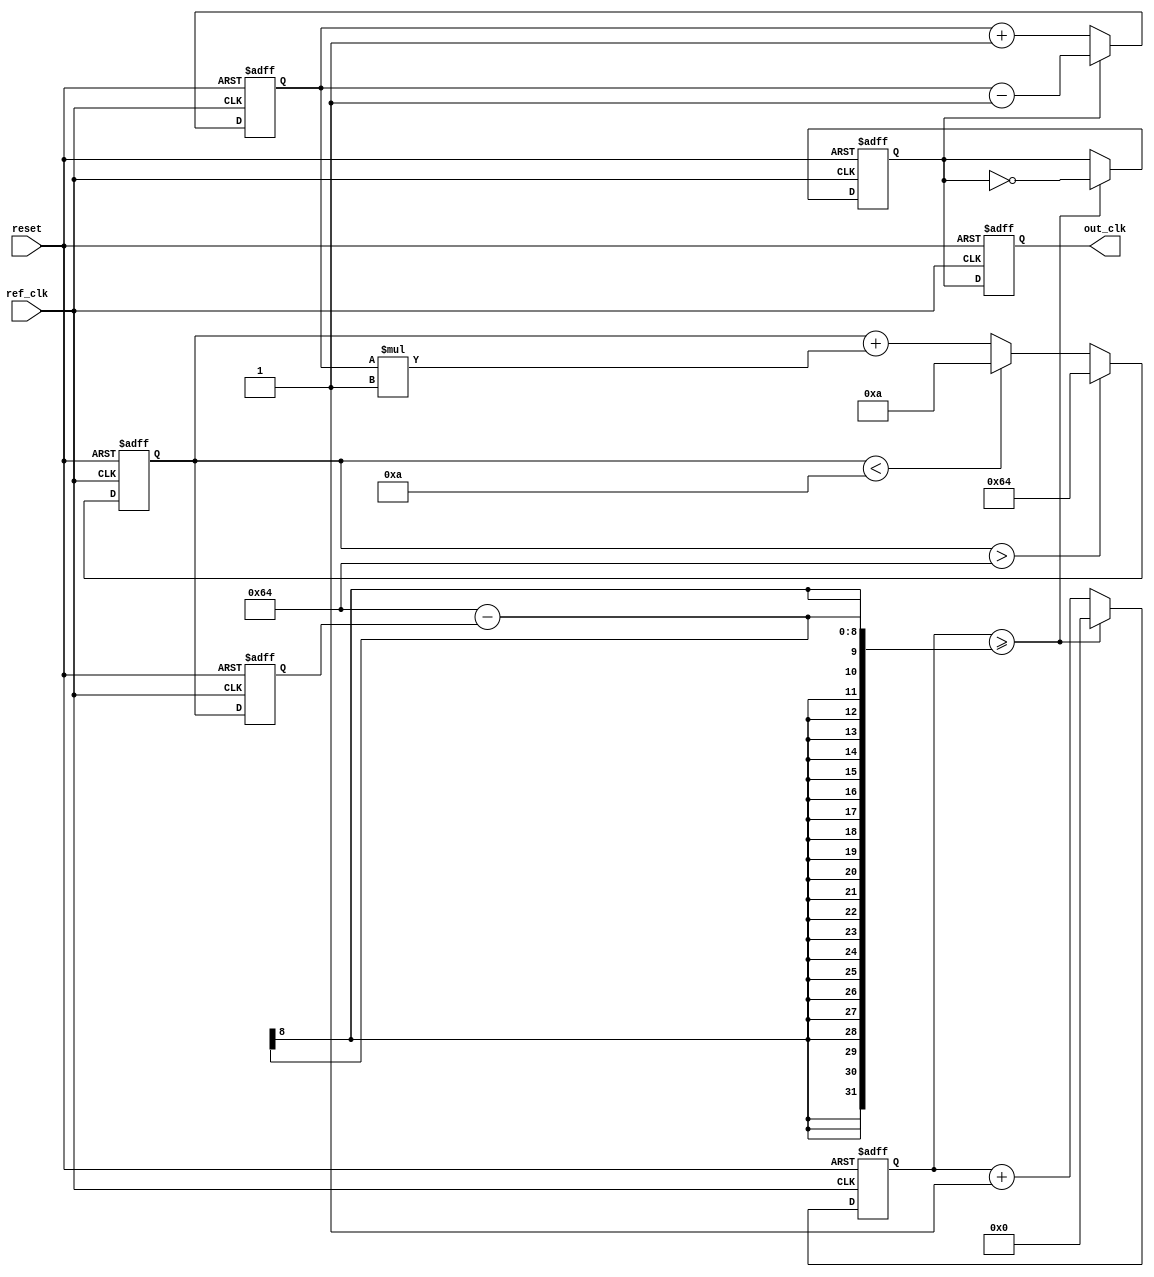
module pll (
    input wire ref_clk,         // Input reference clock
    input wire reset,          // Asynchronous reset
    output reg out_clk         // Output clock
);

    // Parameters
    parameter integer VCO_MAX_FREQ = 100; // Maximum VCO frequency (in arbitrary units)
    parameter integer VCO_MIN_FREQ = 10;   // Minimum VCO frequency (in arbitrary units)
    parameter integer LOOP_FILTER_GAIN = 1; // Gain for the loop filter

    // Internal signals
    reg [7:0] phase_error;      // Phase error signal
    reg [7:0] control_voltage;   // Control voltage for VCO
    reg [7:0] vco_frequency;     // Current frequency of the VCO
    reg [7:0] vco_counter;       // Counter for VCO clock generation
    reg vco_clk;                 // VCO clock output

    // Phase Detector
    always @(posedge ref_clk or posedge reset) begin
        if (reset) begin
            phase_error <= 0;
        end else begin
            // Simple phase detector: Increment or decrement phase error based on clock edges
            if (vco_clk) begin
                phase_error <= phase_error - 1; // VCO is leading
            end else begin
                phase_error <= phase_error + 1; // VCO is lagging
            end
        end
    end

    // Loop Filter
    always @(posedge ref_clk or posedge reset) begin
        if (reset) begin
            control_voltage <= 0;
        end else begin
            control_voltage <= control_voltage + (phase_error * LOOP_FILTER_GAIN);
            // Clamp control voltage to VCO limits
            if (control_voltage > VCO_MAX_FREQ) begin
                control_voltage <= VCO_MAX_FREQ;
            end else if (control_voltage < VCO_MIN_FREQ) begin
                control_voltage <= VCO_MIN_FREQ;
            end
        end
    end

    // Voltage-Controlled Oscillator (VCO)
    always @(posedge ref_clk or posedge reset) begin
        if (reset) begin
            vco_frequency <= VCO_MIN_FREQ;
            vco_counter <= 0;
            vco_clk <= 0;
        end else begin
            // Adjust VCO frequency based on control voltage
            vco_frequency <= control_voltage;

            // Generate VCO clock based on frequency
            if (vco_counter >= (100 - vco_frequency)) begin
                vco_clk <= ~vco_clk;
                vco_counter <= 0;
            end else begin
                vco_counter <= vco_counter + 1;
            end
        end
    end

    // Output Driver
    always @(posedge ref_clk or posedge reset) begin
        if (reset) begin
            out_clk <= 0;
        end else begin
            out_clk <= vco_clk; // Buffer the VCO output
        end
    end

endmodule